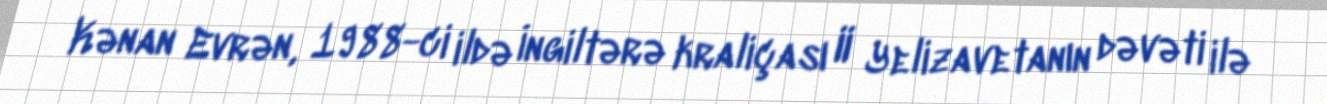
Kənan Evrən, 1988-ci ildə İngiltərə kraliçası II Yelizavetanın dəvəti ilə